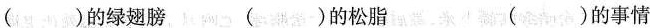
( )的绿翅膀 ( )的松脂 ( )的事情